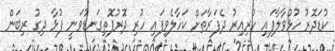
ކުޑަދޮރު ހުޅުވާލާފައި ހުރިއިރު ދެފަރާތަށް ކަހާލެވިފައި ހުރި ދޮރުފޮތިގަނޑުވަނީ ފުޅާ ދިގު ރިބަން